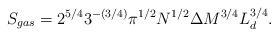
\begin{align*}S_{gas}= 2^{5/ 4} 3^{-(3/4)} \pi^{1/2} N^{1/2}\Delta M^{3/4} L_d^{ 3/4} .\end{align*}